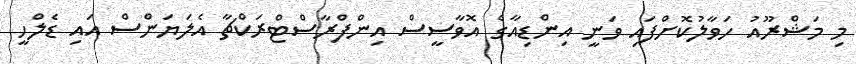
މި މަޝްރޫއު ހަވާލުކޮށްފައި ވަނީ އިންޑިއާގެ އޮވާސީސް އިންފްރާސްޓްރަކްޗާ އެލަޔަންސް އައި ޑެލްހީ